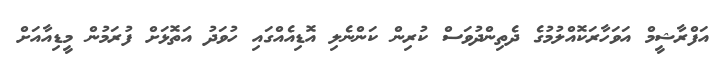
އަފްރާޝީމް އަވަހާރަކޮއްލުމުގެ ދެތިންދުވަސް ކުރިން ކަންނެލި އޮޑިއެއްގައި ހުވަދު އަތޮޅަށް ފުރަމުން މީޑިއާއަށް